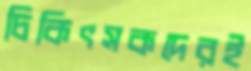
চিকিৎসকদেরই